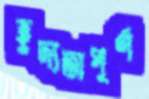
হূদ্যতাপূর্ণ